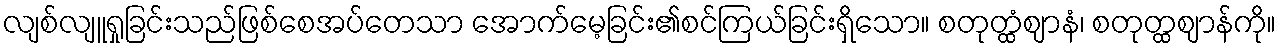
လျစ်လျူရှုခြင်းသည်ဖြစ်စေအပ်တေသာ အောက်မေ့ခြင်း၏စင်ကြယ်ခြင်းရှိသော။ စတုတ္ထံဈာနံ၊ စတုတ္ထဈာန်ကို။